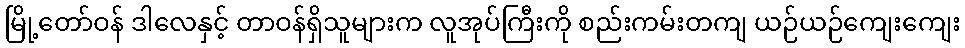
မြို့တော်ဝန် ဒါလေနှင့် တာဝန်ရှိသူများက လူအုပ်ကြီးကို စည်းကမ်းတကျ ယဉ်ယဉ်ကျေးကျေး